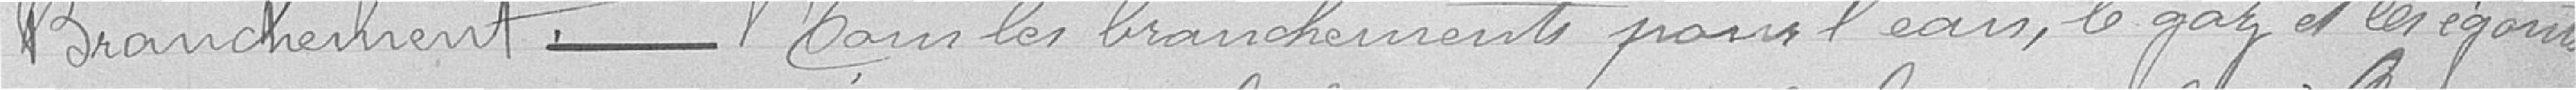
Branchement ------ Pour les branchements pour l'eau, le gaz et les égouts